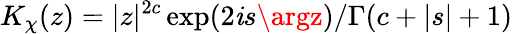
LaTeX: K_{\chi}(z)=|z|^{2c}\exp(2\mathit{i}s\argz)/\Gamma(c+|s|+1)